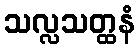
သလ္လသတ္ထနံ